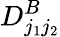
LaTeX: D_{j_{1}j_{2}}^{B}